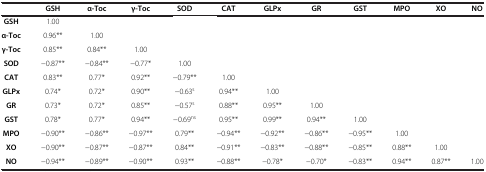
|  | GSH | α-Toc | γ-Toc | SOD | CAT | GLPx | GR | GST | MPO | XO | NO |
 | --- | --- | --- | --- | --- | --- | --- | --- | --- | --- | --- | --- |
 | GSH | 1.00 |  |  |  |  |  |  |  |  |  |  |
 | α-Toc | 0.96** | 1.00 |  |  |  |  |  |  |  |  |  |
 | γ-Toc | 0.85** | 0.84** | 1.00 |  |  |  |  |  |  |  |  |
 | SOD | -0.87** | -0.84** | -0.77* | 1.00 |  |  |  |  |  |  |  |
 | CAT | 0.83** | 0.77* | 0.92** | -0.79** | 1.00 |  |  |  |  |  |  |
 | GLPx | 0.74* | 0.72* | 0.90** | -0.63s | 0.94** | 1.00 |  |  |  |  |  |
 | GR | 0.73* | 0.72* | 0.85** | -0.57s | 0.88** | 0.95** | 1.00 |  |  |  |  |
 | GST | 0.78* | 0.77* | 0.94** | -0.69ns | 0.95** | 0.99** | 0.94** | 1.00 |  |  |  |
 | MPO | -0.90** | -0.86** | -0.97** | 0.79** | -0.94** | -0.92** | -0.86** | -0.95** | 1.00 |  |  |
 | XO | -0.90** | -0.87** | -0.87** | 0.84** | -0.91** | -0.83** | -0.88** | -0.85** | 0.88** | 1.00 |  |
 | NO | -0.94** | -0.89** | -0.90** | 0.93** | -0.88** | -0.78* | -0.70* | -0.83** | 0.94** | 0.87** | 1.00 |